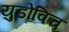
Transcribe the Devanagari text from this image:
युडोविच